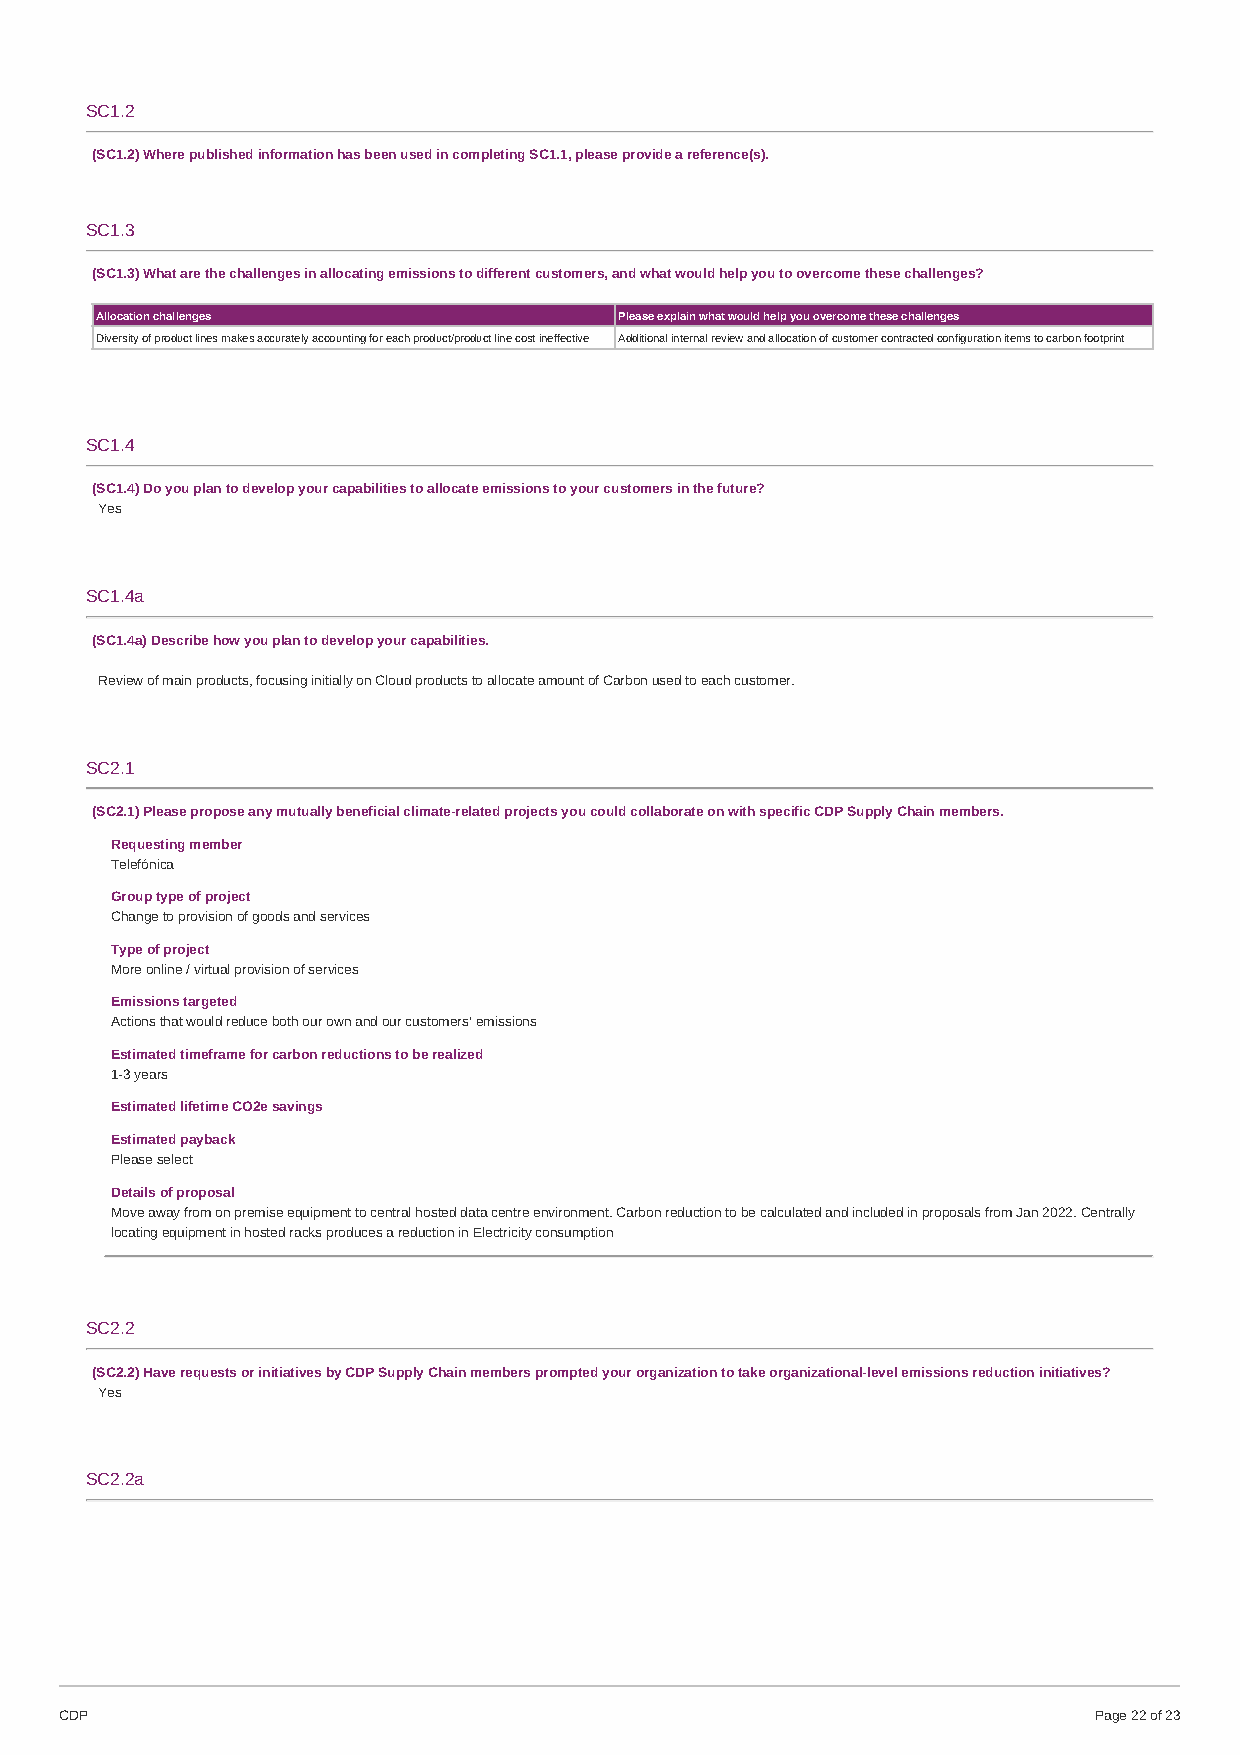
SC1.2
 (SC1.2) Where published information has been used in completing SC1.1, please provide a reference(s).
 SC1.3
 (SC1.3) What are the challenges in allocating emissions to different customers, and what would help you to overcome these challenges?
 Allocation challenges              Please explain what would help you overcome these challenges
 Diversity of product lines makes accurately accounting for each product/product line cost ineffective Additional internal review and allocation of customer contracted configuration items to carbon footprint
 SC1.4
 (SC1.4) Do you plan to develop your capabilities to allocate emissions to your customers in the future?
 Yes
 SC1.4a
 (SC1.4a) Describe how you plan to develop your capabilities.
 Review of main products, focusing initially on Cloud products to allocate amount of Carbon used to each customer.
 SC2.1
 (SC2.1) Please propose any mutually beneficial climate-related projects you could collaborate on with specific CDP Supply Chain members.
 Requesting member
 Telefónica
 Group type of project
 Change to provision of goods and services
 Type of project
 More online / virtual provision of services
 Emissions targeted
 Actions that would reduce both our own and our customers’ emissions
 Estimated timeframe for carbon reductions to be realized
 1-3 years
 Estimated lifetime CO2e savings
 Estimated payback
 Please select
 Details of proposal
 Move away from on premise equipment to central hosted data centre environment. Carbon reduction to be calculated and included in proposals from Jan 2022. Centrally
 locating equipment in hosted racks produces a reduction in Electricity consumption
 SC2.2
 (SC2.2) Have requests or initiatives by CDP Supply Chain members prompted your organization to take organizational-level emissions reduction initiatives?
 Yes
 SC2.2a
 CDP                                                                 Page 22 of 23